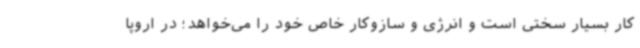
کار بسیار سختی است و انرژی و سازوکار خاص خود را می‌خواهد؛ در اروپا